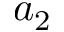
a _ { 2 }